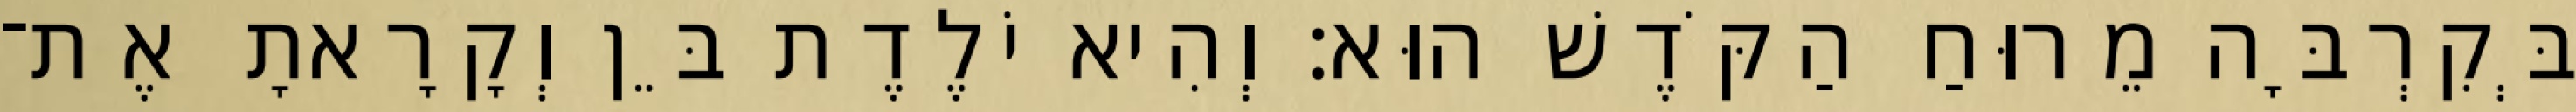
בְּקִרְבָּה מֵרוּחַ הַקֹּדֶשׁ הוּא׃ וְהִיא יֹלֶדֶת בֵּן וְקָרָאתָ אֶת־